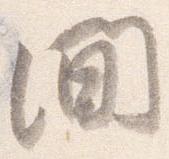
間